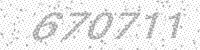
Solution: 670711